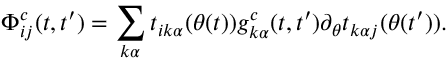
\Phi _ { i j } ^ { c } ( t , t ^ { \prime } ) = \sum _ { k \alpha } t _ { i k \alpha } ( \theta ( t ) ) g _ { k \alpha } ^ { c } ( t , t ^ { \prime } ) \partial _ { \theta } t _ { k \alpha j } ( \theta ( t ^ { \prime } ) ) .